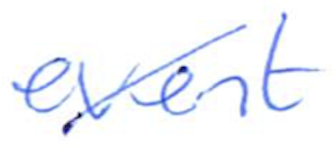
Text: event
Cross-out: mix
Writing tool: ballpoint